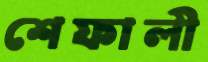
শেফালী